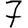
Digit: 7